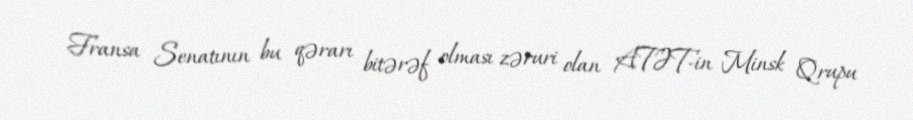
Fransa Senatının bu qərarı bitərəf olması zəruri olan ATƏT-in Minsk Qrupu